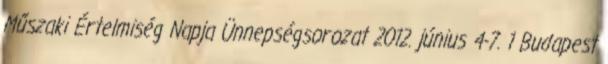
Műszaki Értelmiség Napja Ünnepségsorozat 2012. június 4-7. 1 Budapest